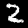
Label: 2